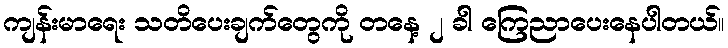
ကျန်းမာရေး သတိပေးချက်တွေကို တနေ့ ၂ ခါ ကြေညာပေးနေပါတယ်။